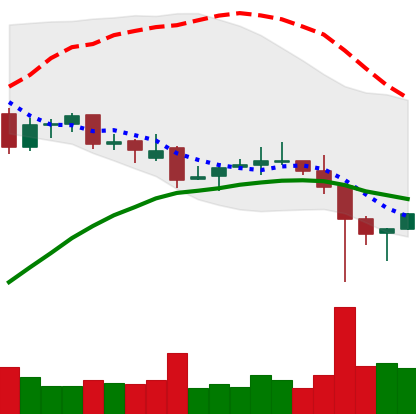
Ticker: LINK-USD
Chart end date: 2021-12-07
Forward return: -3.011%
Label: down_3_5